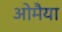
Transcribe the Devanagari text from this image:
ओमैया